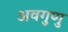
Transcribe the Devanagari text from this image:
अवगुणु